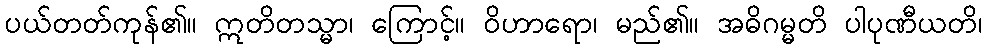
ပယ်တတ်ကုန်၏။ ဣတိတသ္မာ၊ ကြောင့်။ ဝိဟာရော၊ မည်၏။ အဓိဂမ္မတိ ပါပုဏီယတိ၊